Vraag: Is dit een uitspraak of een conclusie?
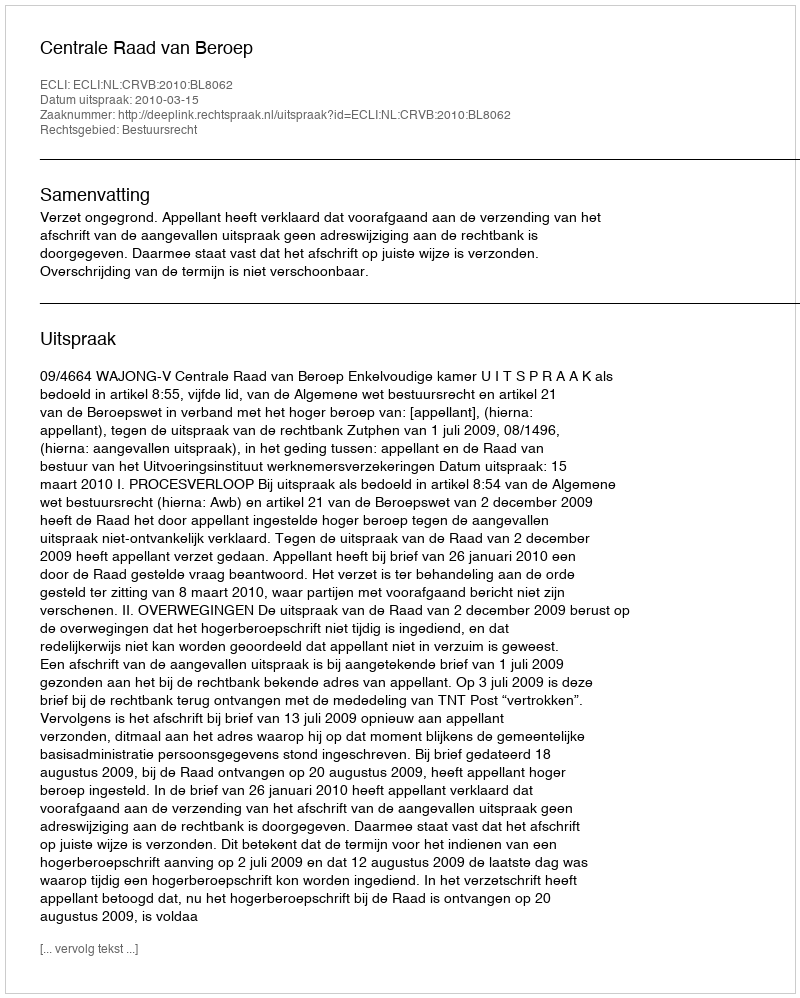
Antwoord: Uitspraak